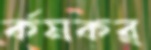
র্কমকর্